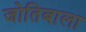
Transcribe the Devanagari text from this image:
जोतिबाला